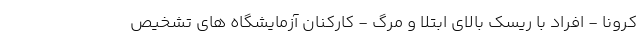
کرونا - افراد با ریسک بالای ابتلا و مرگ - کارکنان آزمایشگاه های تشخیص